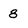
Character: 8